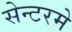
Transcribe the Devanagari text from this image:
सेन्टरमे